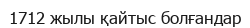
1712 жылы қайтыс болғандар